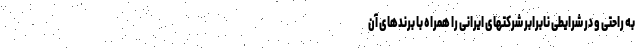
به راحتی و در شرایطی نابرابر شرکتهای ایرانی را همراه با برندهای آن